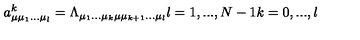
a _ { \mu \mu _ { 1 } . . . \mu _ { l } } ^ { k } = \Lambda _ { \mu _ { 1 } . . . \mu _ { k } \mu \mu _ { k + 1 } . . . \mu _ { l } } l = 1 , . . . , N - 1 k = 0 , . . . , l